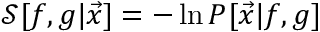
\mathcal { S } [ f , g | \vec { x } ] = - \ln P [ \vec { x } | f , g ]